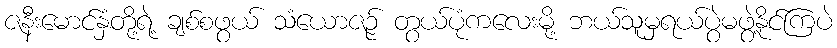
ဇနီးမောင်နှံတို့ရဲ့ ချစ်စဖွယ် သံယောဇဉ် တွယ်ပုံကလေးမို့ ဘယ်သူမှရယ်ပွဲမဖွဲ့နိုင်ကြပဲ